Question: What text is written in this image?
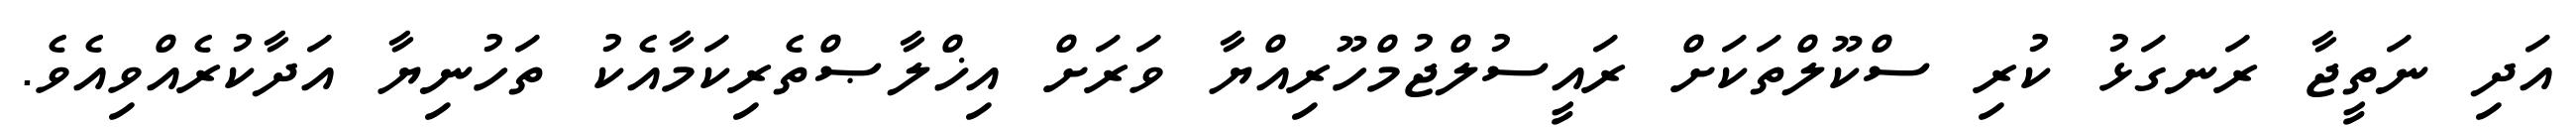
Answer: އަދި ނަތީޖާ ރަނގަޅު ކުރި ސްކޫލްތަކަށް ރައީސުލްޖުމްހޫރިއްޔާ ވަރަށް އިޚްލާޞްތެރިކަމާއެކު ތަހުނިޔާ އަދާކުރެއްވިއެވެ.